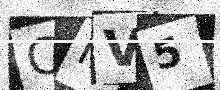
Text: CMV5